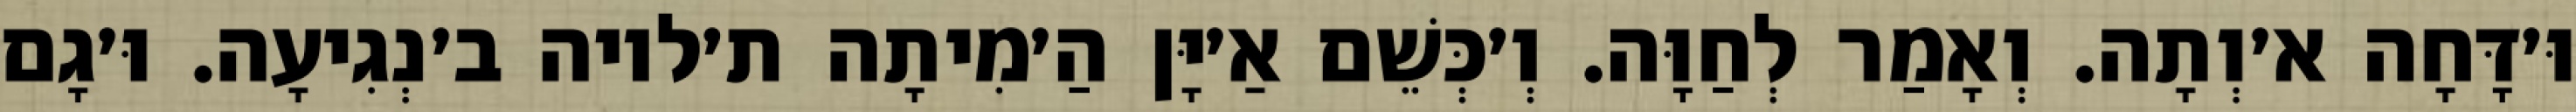
וּ׳דָּחָה א׳וְתָה. וְאָמַר לְחַוָּה. וְ׳כְּשֵׁם אַ׳יָּן הַ׳מִיתָה ת׳לויה ב׳נְגִיעָה. וּ׳גָם